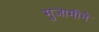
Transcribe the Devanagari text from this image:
मुजामीने